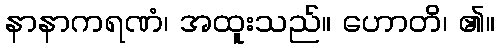
နာနာကရဏံ၊ အထူးသည်။ ဟောတိ၊ ၏။